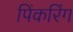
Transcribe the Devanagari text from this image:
पिंकरिंग